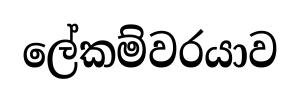
ලේකම්වරයාව